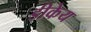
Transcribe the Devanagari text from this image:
डीकेय